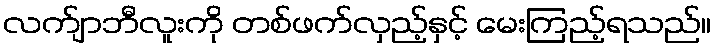
လက်ျာဘီလူးကို တစ်ဖက်လှည့်နှင့် မေးကြည့်ရသည်။